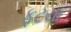
ફૂટયા